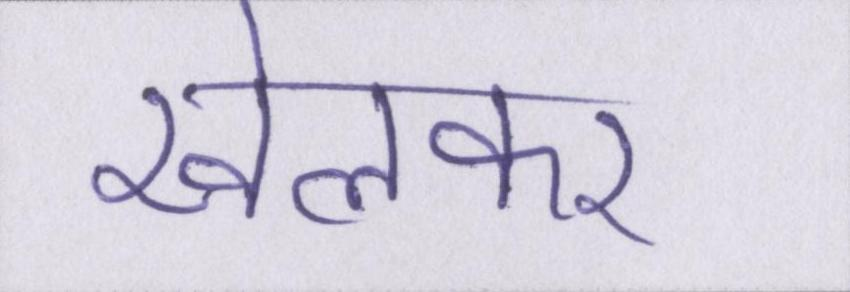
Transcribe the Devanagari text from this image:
खेलकर